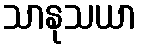
သာနုသယာ